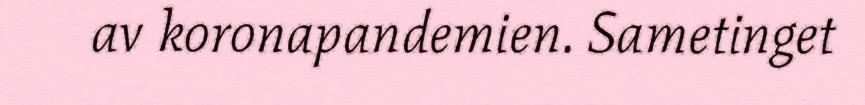
av koronapandemien. Sametinget